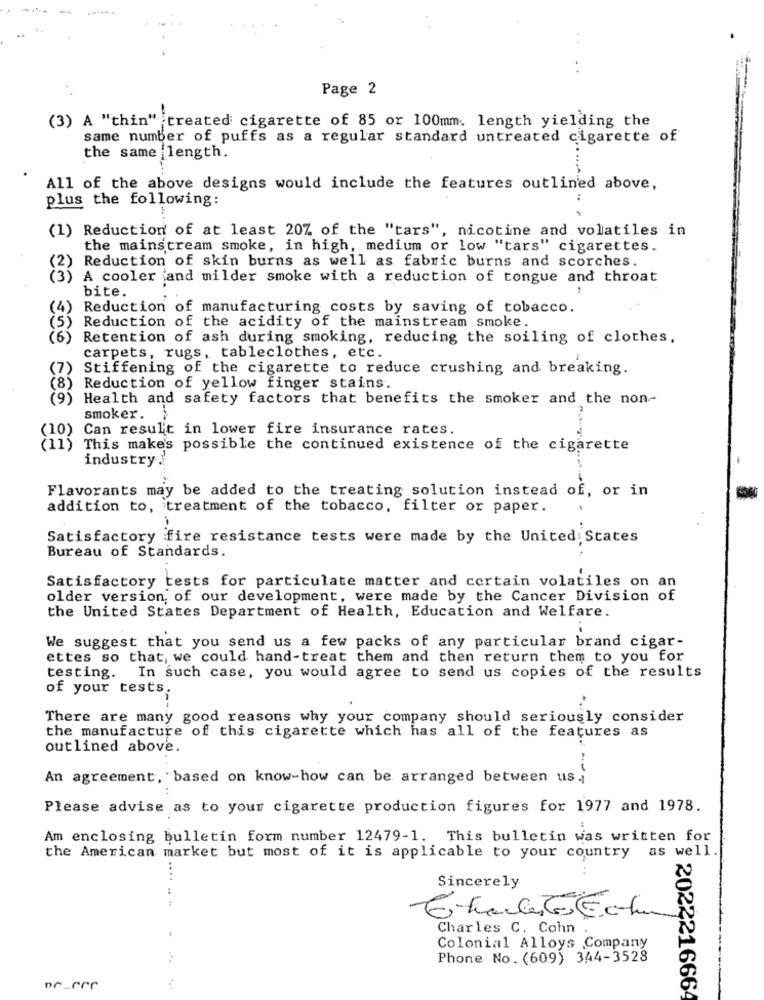
. .
Page 2
(3) A "thin" treated cigarette of 85 or 100mm. length yielding the
same number of puffs as a regular standard untreated cigarette of
the same length.
All of the above designs would include the features outlined above,
plus the following:
(1) Reduction of at least 20% of the "tars", nicotine and volatiles in
the mainstream smoke, in high, medium or low "tars" cigarettes.
(2) Reduction of skin burns as well as fabric burns and scorches.
(3) A cooler and milder smoke with a reduction of tongue and throat
bite.
(4)
Reduction of manufacturing costs by saving of tobacco.
Reduction of the acidity of the mainstream smoke.
Retention of ash during smoking, reducing the soiling of clothes,
carpets, rugs, tableclothes, etc.
'7)
Stiffening of the cigarette to reduce crushing and breaking.
(8) Reduction of yellow finger stains.
9) Health and safety factors that benefits the smoker and the non-
smoker.
Can result in lower fire insurance rates.
(10)
(11) This makes possible the continued existence of the cigarette
industry.
Flavorants may be added to the treating solution instead of, or in
addition to, treatment of the tobacco, filter or paper.
-
Satisfactory fire resistance tests were made by the United: States
Bureau of Standards.
Satisfactory tests for particulate matter and certain volatiles on an
older version of our development, were made by the Cancer Division of
the United States Department of Health, Education and Welfare.
We suggest that you send us a few packs of any particular brand cigar-
ettes so that, we could hand-treat them and then return them to you for
testing. In such case, you would agree to send us copies of the results
of your tests
There are many good reasons why your company should seriously consider
the manufacture of this cigarette which has all of the features as
outlined above.
An agreement, based on know-how can be arranged between us .;
Please advise as to your cigarette production figures for 1977 and 1978.
Am enclosing bulletin form number 12479-1. This bulletin was written for
the American market but most of it is applicable to your country as well.
...
Sincerely
Charles C. Cohn
Colonial Alloys Company
Phone No. (609) 344-3528
2022216664